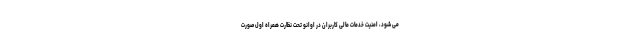
می شود، امنیت خدمات مالی کاربران در اوانو تحت نظارت همراه اول صورت